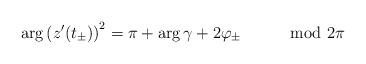
LaTeX: \begin{align*}\arg\left(z'(t_{\pm})\right)^{2}=\pi+\arg\gamma+2\varphi_{\pm}\qquad\mod2\pi\end{align*}